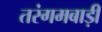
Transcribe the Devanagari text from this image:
तरंगमबाड़ी